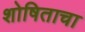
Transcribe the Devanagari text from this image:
शोषिताचा